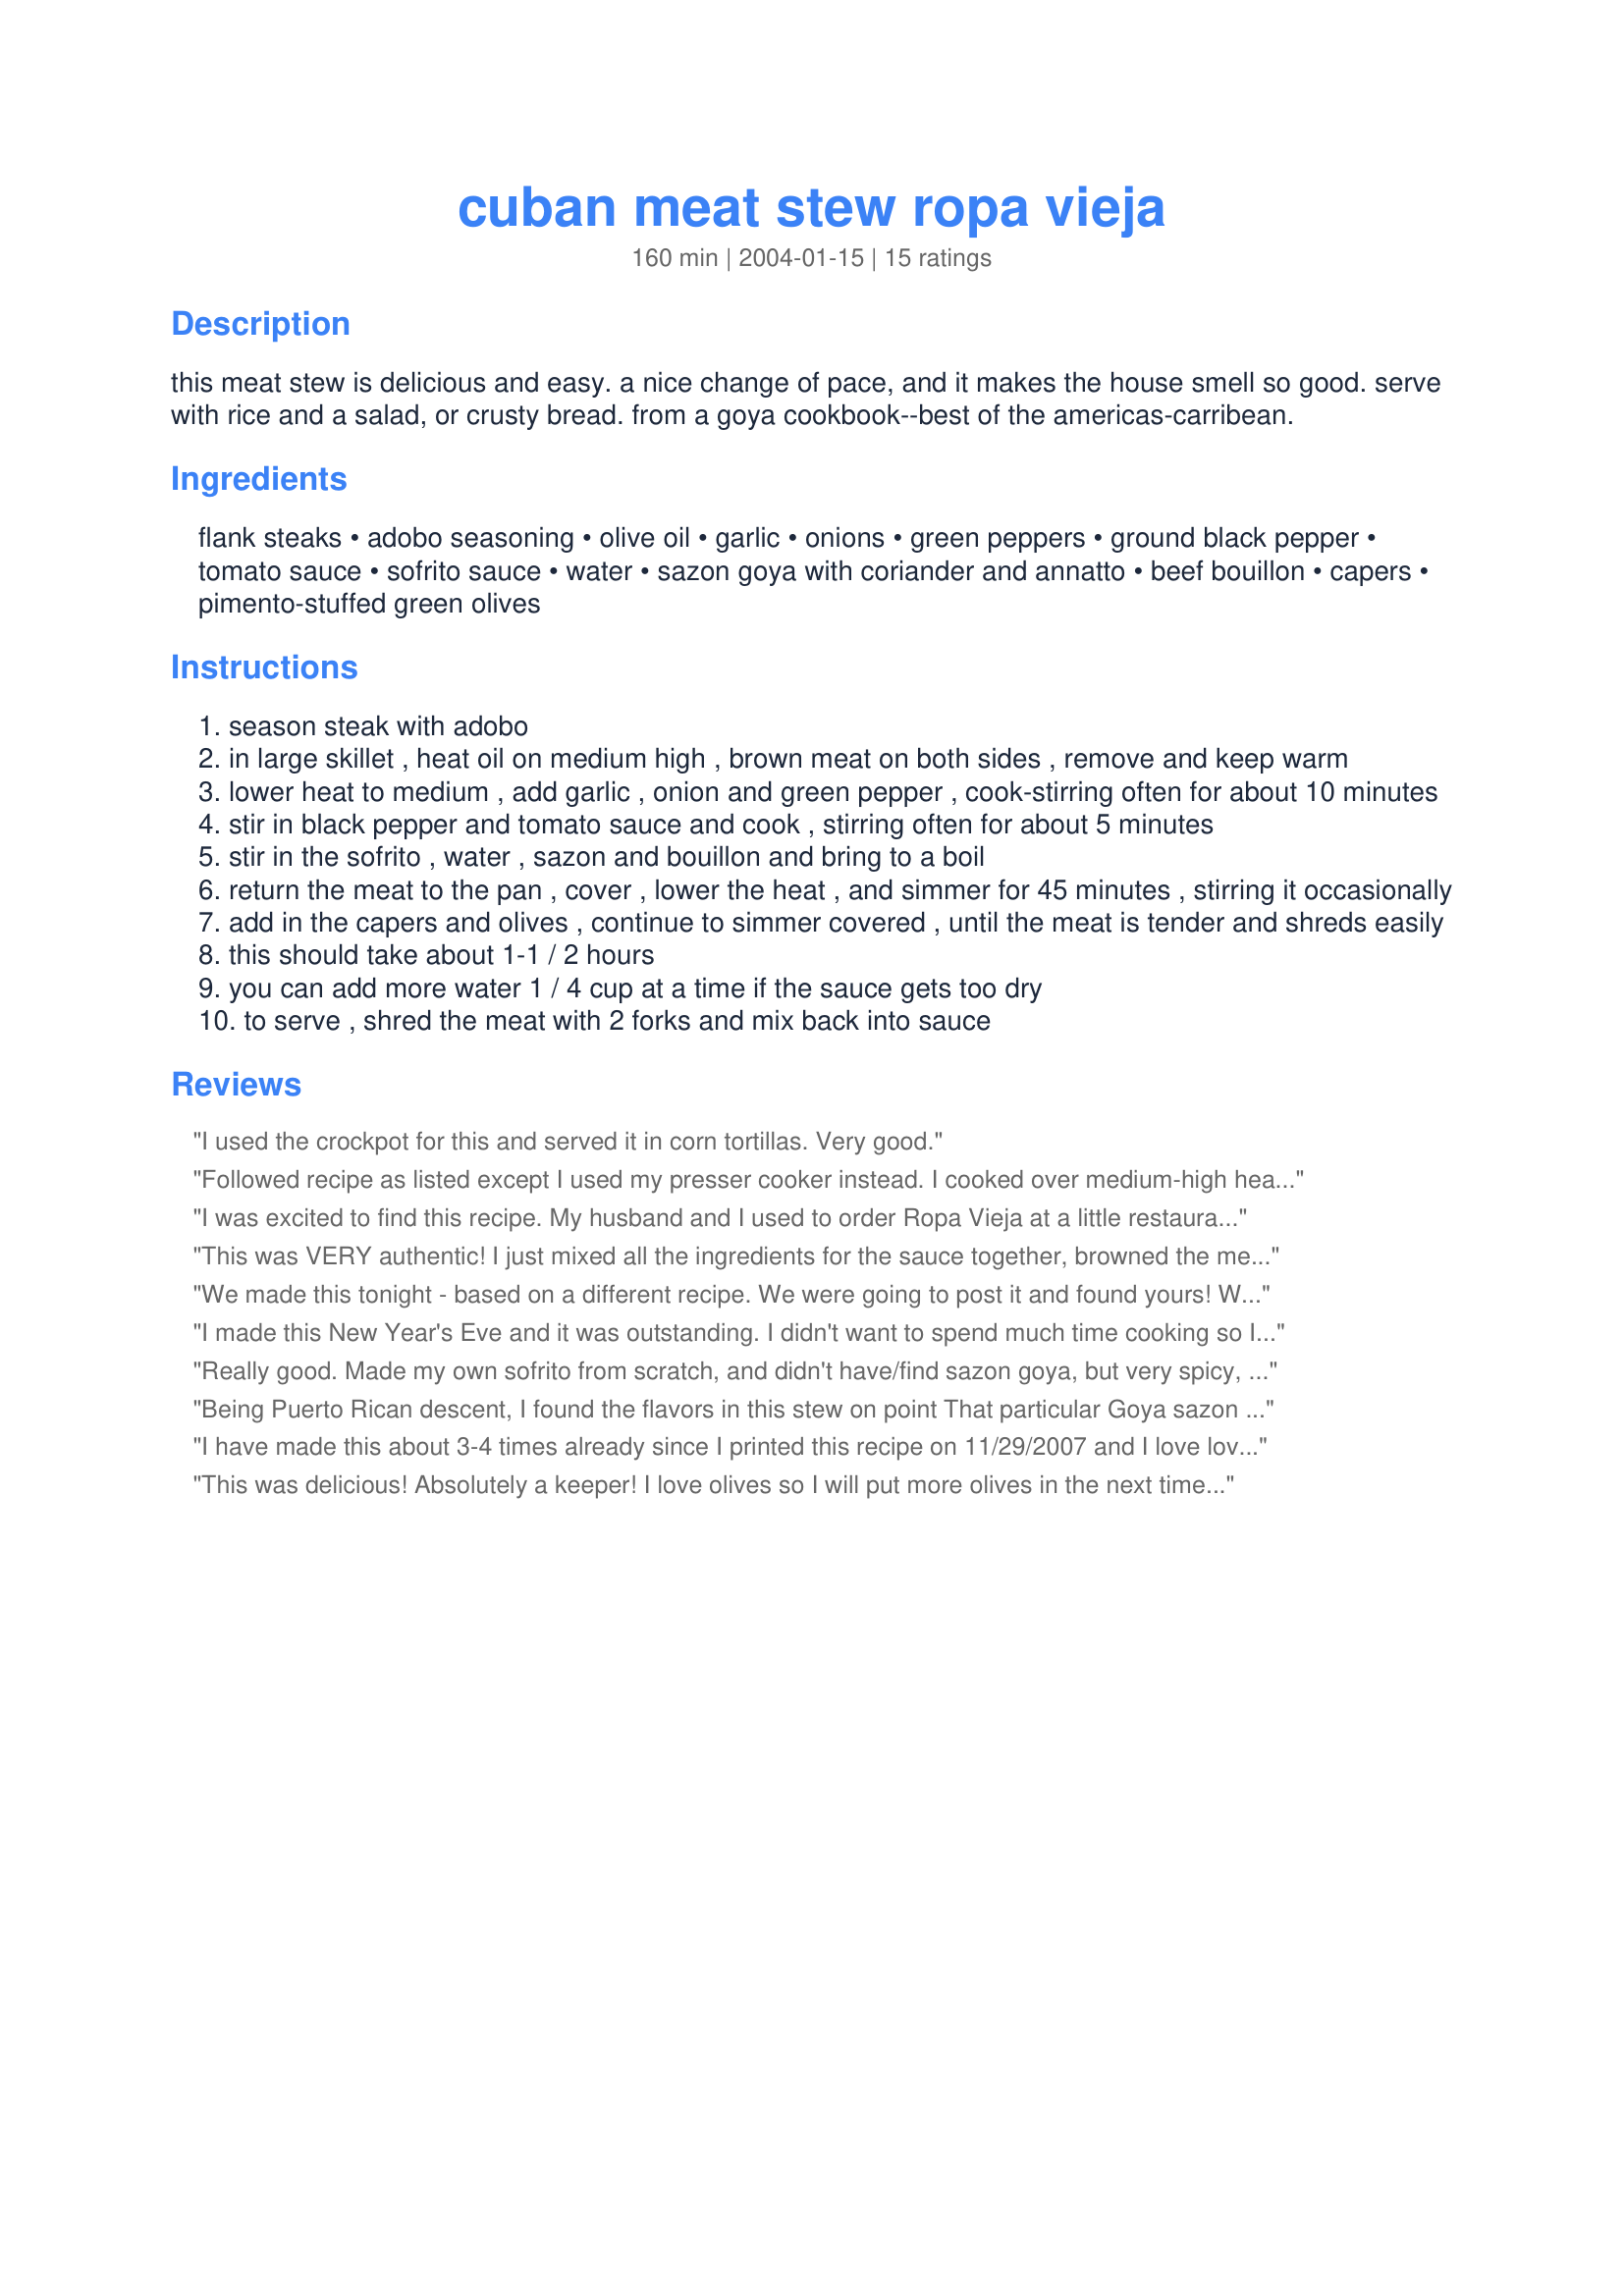
cuban meat stew ropa vieja
Preparation time: 160 minutes

this meat stew is delicious and easy. a nice change of pace, and it makes the house smell so good. serve with rice and a salad, or crusty bread. from a goya cookbook--best of the americas-carribean.

Ingredients:
flank steaks, adobo seasoning, olive oil, garlic, onions, green peppers, ground black pepper, tomato sauce, sofrito sauce, water, sazon goya with coriander and annatto, beef bouillon, capers, pimento-stuffed green olives

Steps:
season steak with adobo
in large skillet , heat oil on medium high , brown meat on both sides , remove and keep warm
lower heat to medium , add garlic , onion and green pepper , cook-stirring often for about 10 minutes
stir in black pepper and tomato sauce and cook , stirring often for about 5 minutes
stir in the sofrito , water , sazon and bouillon and bring to a boil
return the meat to the pan , cover , lower the heat , and simmer for 45 minutes , stirring it occasionally
add in the capers and olives , continue to simmer covered , until the meat is tender and shreds easily
this should take about 1-1 / 2 hours
you can add more water 1 / 4 cup at a time if the sauce gets too dry
to serve , shred the meat with 2 forks and mix back into sauce

Reviews:
I used the crockpot for this and served it in corn tortillas. Very good.
Followed recipe as listed except I used my presser cooker instead. I cooked over medium-high heat until full pressure was achieved. Then I reduced heat to medium and cooked for 45 minutes. Very tender and tasty! Thank you!
I was excited to find this recipe. My husband and I used to order Ropa Vieja at a little restaurant in Honolulu, HI. We loved it. I halved the olive oil and next time will probably just use cooking spray. I also doubled the olives. We served it over brown rice.
This was VERY authentic! I just mixed all the ingredients for the sauce together, browned the meat, then dumped it all in the crockpot for 6 hours. It came out perfect and was soooo easy. My puerto rican friends said it was just as good as their moms'!
We made this tonight - based on a different recipe. We were going to post it and found yours! We only used one cup of water and let this simmer for about an hour. We loved it over white rice.
I made this New Year's Eve and it was outstanding. I didn't want to spend much time cooking so I used the crockpot for 8 hours on low after browning the meat. I like my ropa vieja thicker so used only two cups of water and then removed the sauce to simmer and thicken it up further before serving. I didn't bother adding the olives or capers. Trust me, it doesn't need it. I completed the meal with yellow rice, Goya's black bean recipe, and fried plantains. I definitely will be making this again soon.
Really good. Made my own sofrito from scratch, and didn't have/find sazon goya, but very spicy, without being hot. I think that having a good adobo seasoning is key to this recipe - I used Penzey's.
Diane
Being Puerto Rican descent, I found the flavors in this stew on point That particular Goya sazon packet is a must - the culantro y achiote. I used our elk stew meat in this and it was great. serve over rice. Unfortunately, where I live it is hard to find the sofrito and that particular sazon packet- requires special trips - so I did with out the sofrito but have lots of the sazon on hand and I found it still to be delicious.
I have made this about 3-4 times already since I printed this recipe on 11/29/2007 and I love love love it! My husband (a Cuban food connoisseur) says this is the most authentic ropa vieja he's had and his grandmother loved it, which made me feel really great because she is Dominican and for her to say I cook great Hispanic food was a real confidence booster. Only things I changed were: I used chuck roast instead of flank steak and I omitted the capers (and the green peppers were omitted one time per DH's request). Thanks for this ciao!
This was delicious! Absolutely a keeper! I love olives so I will put more olives in the next time I make this. Also will increase the seasoning for my own taste.However it is still so so good as written for anyone wanting to try this for the first time. Thank you so much for sharing this recipe-it&#039;s going in the permanent file!
This was sooooooooo good! Nothing is more frustrating than spending hours to make something and it not coming out as good as you had hoped, but this one was great! Lots of good reviews from the fam! Tasted better that my yummy little favorite cuban restaurant! thanks so much!
I really loved this. I used my pressure cooker though because I didn't have the extended amount of time. It worked great and the flavor was awesome. Enjoy.
Very tasty. We loved this recipe. I halved it and there was enough for my husband and I for two nights. I tweaked a bit b/c I thought it was a tad bland as written: I seasoned the steaks with onion and garlic powder, salt and pepper, and then added additional ground black pepper and garlic powder to the dish as it stewed. Once you are ready to shred the meat, I'd recommend cutting it into bite-size pieces and then shredding, b/c long shredded pieces are difficult to eat (picture spaghetti). I omitted the capers and increased the sliced green olives, which I felt were KEY to this dish. I served over white rice, with plantains sprinkled with cinnamon as a side, and salad as an appetizer. Thank you so much for posting this keeper!
I followed the recipe for somethings, but i decided to disreguard the veggies. I did cook it on the stove top and it came out to be so good and soft , it took about 3 hours to cook . It taste so delicious , and i will deff keep using this recipe :) ... Ill just add the potatoes in it. <3
I really enjoyed this. It took me a while to get all the ingredients since the local stores don't carry Goya for some stupid reason. However, I have a friend that shops at a military commissary and she was able to purchase everything there. The only change I made was to add red bell peppers instead of green. It's been hot here so I used my crockpot instead of the oven. I served it with steamed rice and cut watermelon. I'll be making this again.
